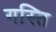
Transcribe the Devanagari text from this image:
गस्ति